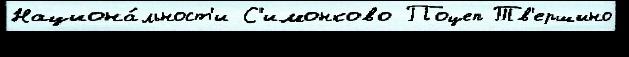
Национа́льност'и С'имонково Поцеп Тв'ершино